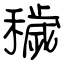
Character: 穢